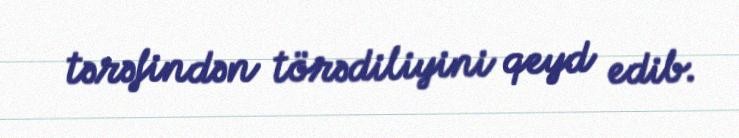
tərəfindən törədiliyini qeyd edib.